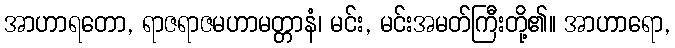
အာဟာရတော, ရာဇရာဇမဟာမတ္တာနံ၊ မင်း, မင်းအမတ်ကြီးတို့၏။ အာဟာရော,